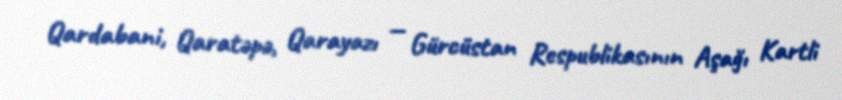
Qardabani, Qaratəpə, Qarayazı — Gürcüstan Respublikasının Aşağı Kartli